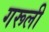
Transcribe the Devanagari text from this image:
गरूली